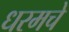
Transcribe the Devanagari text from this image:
धरमचे